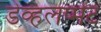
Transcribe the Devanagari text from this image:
डेव्हलप्मेंट